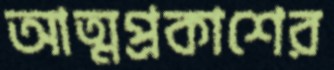
আত্মপ্রকাশের